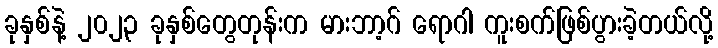
ခုနှစ်နဲ့ ၂၀၂၃ ခုနှစ်တွေတုန်းက မားဘာ့ဂ် ရောဂါ ကူးစက်ဖြစ်ပွားခဲ့တယ်လို့